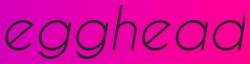
egghead